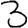
Digit: 3